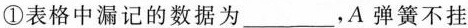
①表格中漏记的数据为___，A弹簧不挂